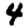
Digit: 4